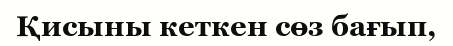
Қисыны кеткен сөз бағып,